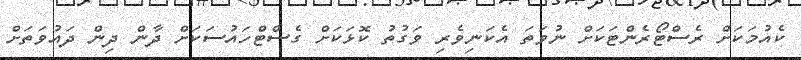
ކެއުމަކަށް ރެސްޓޯރެންޓަކަށް ނުވަތަ އެކަނިވެރި ވަގުތު ކޮޅަކަށް ގެސްޓްހައުސަކަށް ދާން ދިން ދައުވަތަށް